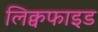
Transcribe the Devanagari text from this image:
लिक्वफाइड